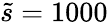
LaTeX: \tilde{s}=1000